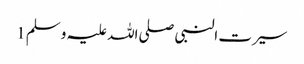
سیرت النبی صلی اللہ علیہ وسلم 1